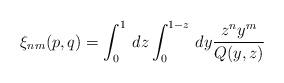
LaTeX: \begin{align*}\xi_{n m}(p,q) = \int^1_0 \, dz \int^{1-z}_0\, dy {z^n y^m\over Q (y, z)}\end{align*}